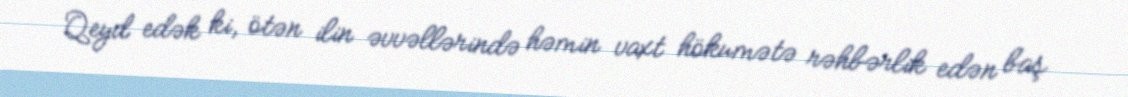
Qeyd edək ki, ötən ilin əvvəllərində həmin vaxt hökumətə rəhbərlik edən baş